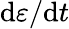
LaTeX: \mathrm{d}\varepsilon/\mathrm{d}t